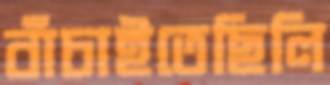
বাঁচাইতেছিলি